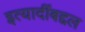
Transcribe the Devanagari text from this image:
इत्यादींबद्दल